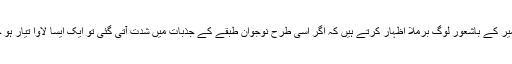
اس جذبہ کو اب ایسا محسوس کیا جا رہا ہے کہ کشمیر کے باشعور لوگ برملا اظہار کرتے ہیں کہ اگر اسی طرح نوجوان طبقے کے جذبات میں شدت آتی گئی تو ایک ایسا لاوا تیار ہو جائے گا جس کی لپیٹ میں پورا برصغیر آسکتا ہے۔